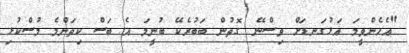
"އެހެންވީމަ އަޅުގަނޑަށް ވިސްނޭ ގޮތުން ބަބުރެކޭ ބުނީމަ އެ ބަސް ކިތަންމެ މުސްކުޅި